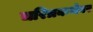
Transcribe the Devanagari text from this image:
चरित्रकथेवर